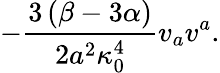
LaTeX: -\frac{3\left(\beta-3\alpha\right)}{2a^{2}\kappa_{0}^{4}}v_{a}v^{a}.